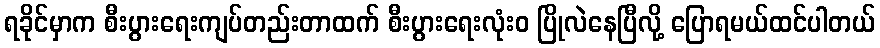
ရခိုင်မှာက စီးပွားရေးကျပ်တည်းတာထက် စီးပွားရေးလုံးဝ ပြိုလဲနေပြီလို့ ပြောရမယ်ထင်ပါတယ်